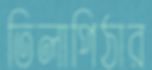
তিলাপিঠার